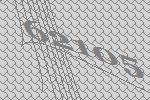
62105